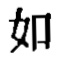
如